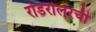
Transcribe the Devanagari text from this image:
रोडरोलरची